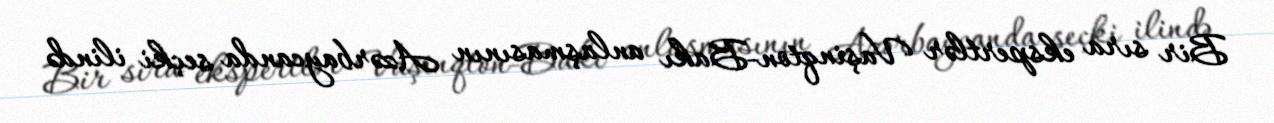
Bir sıra ekspertlər Vaşinqton-Bakı anlaşmasının Azərbaycanda seçki ilində